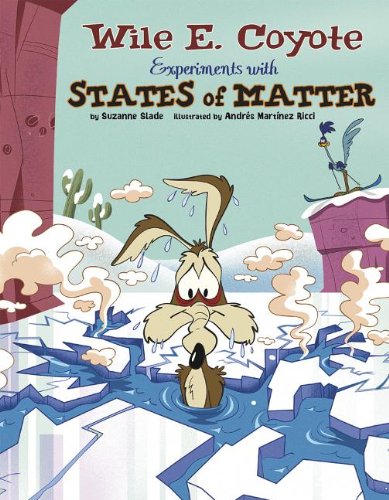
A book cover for Splat!: Wile E. Coyote Experiments with States of Matter (Wile E. Coyote, Physical Science Genius); Suzanne Slade; Children's Books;